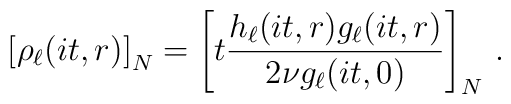
\left[ \rho_{\ell}(it,r)\right]_{N} =\left[ t\frac{h_\ell(it,r) g_\ell(it,r)}{2\nu g_{\ell}(it,0)}\right]_{N}\, .